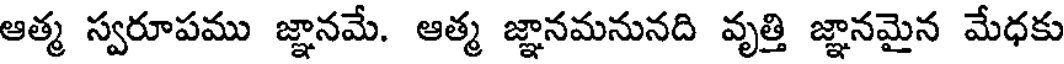
ఆత్మ స్వరూపము జ్ఞానమే. ఆత్మ జ్ఞానమనునది వృత్తి జ్ఞానమైన మేధకు